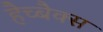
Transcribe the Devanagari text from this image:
हैच्बैक्स